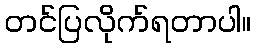
တင်ပြလိုက်ရတာပါ။